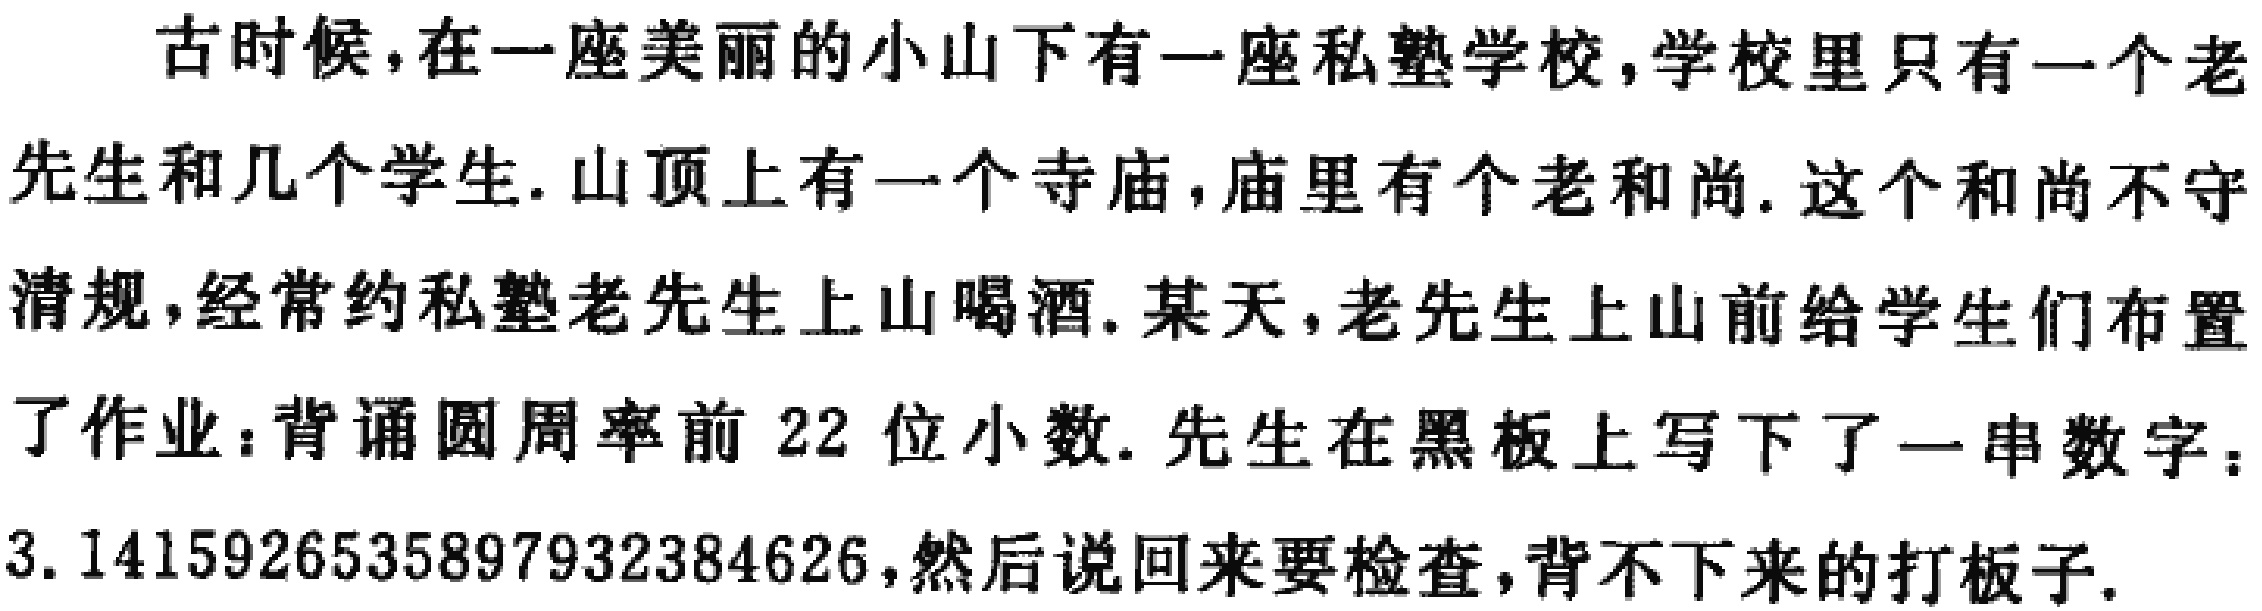
古时候，在一座美丽的小山下有一座私塾学校，学校里只有一个老先生和几个学生. 山顶上有一个寺庙，庙里有个老和尚. 这个和尚不守清规，经常约私塾老先生上山喝酒. 某天，老先生上山前给学生们布置了作业：背诵圆周率前 22 位小数. 先生在黑板上写下了一串数字：$3.1415926535897932384626$，然后说回来要检查，背不下来的打板子.